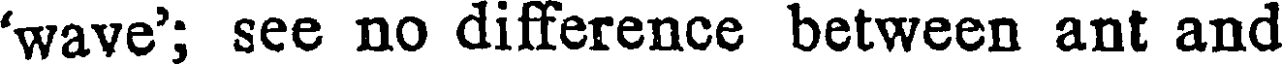
'wave'; see no difference between ant and